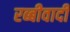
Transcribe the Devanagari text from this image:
रब्बीवादी